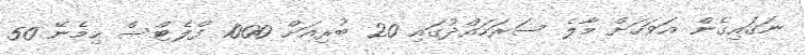
ނަގައިގެން އަވަހަށް މާލެ ސަރަހައްދުގައި 20 ބުރިއަށް 1000 ފްލެޓްސް ހިމެނޭ 50